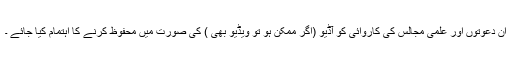
ان دعوتوں اور علمی مجالس کی کاروائی کو آڈیو (اگر ممکن ہو تو ویڈیو بھی ) کی صورت میں محفوظ کرنے کا اہتمام کیا جائے ۔